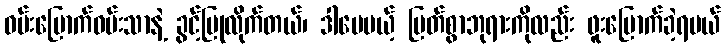
ဝမ်းမြောက်ဝမ်းသာနဲ့ ခွင့်ပြုလိုက်တယ်၊ ဒါပေမယ့် မြတ်စွာဘုရားကိုလည်း ဖူးမြောက်ခဲ့ရမယ်